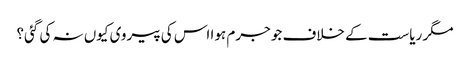
مگر ریاست کے خلاف جو جرم ہوا اس کی پیروی کیوں نہ کی گئی؟